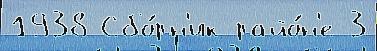
1938 Сбо́рн'ик райо́н'е 3